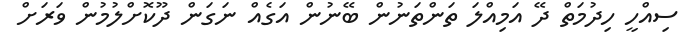
ސިއްހީ ހިދުމަތް ދޭ އަމިއްލަ ތަންތަނުން ބޭނުން އަގެއް ނަގަން ދޫކޮށްލުމުން ވަރަށް